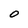
Character: 0